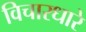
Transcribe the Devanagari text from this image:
विचारधारे